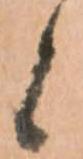
候